Report of the Indian Hemp Drugs Commission, 1894-1895 - Volume IV
Year: 1894
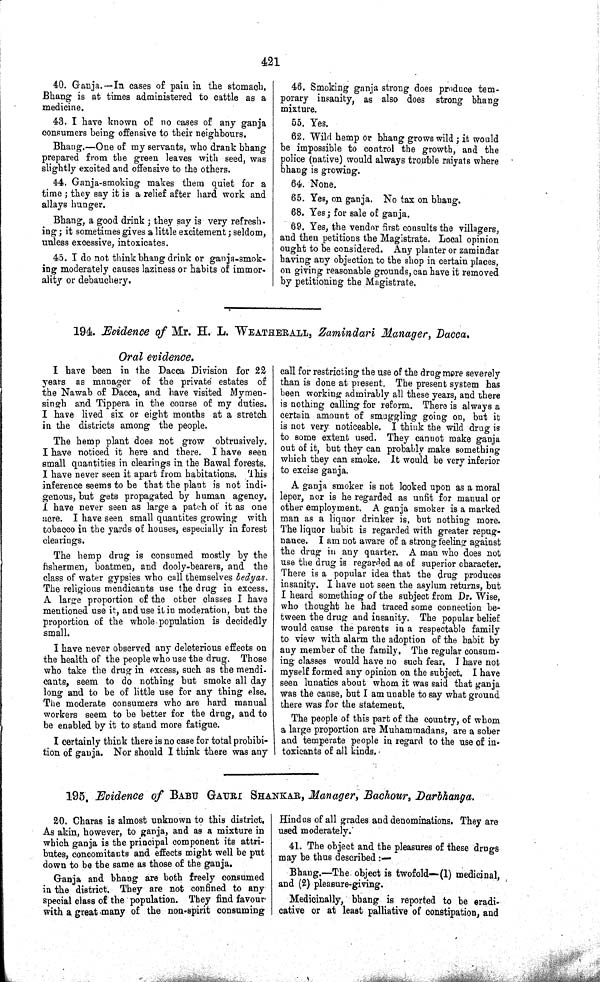
421
40. Ganja.—In cases of pain in the stomach.
Bhang is at times administered to cattle as a
medicine.
43. I have known of no cases of any ganja
consumers being offensive to their neighbours.
Bhang.—One of my servants, who drank bhang
prepared from the green leaves with seed, was
slightly excited and offensive to the others.
44. Ganja-smoking makes them quiet for a
time; they say it is a relief after hard work and
allays hunger.
Bhang, a good drink; they say is very refresh-
ing; it sometimes gives a little excitement; seldom,
unless excessive, intoxicates.
45. I do not think bhang drink or ganja-smok-
ing moderately causes laziness or habits of immor-
ality or debauchery.
46. Smoking ganja strong does produce tem-
porary insanity, as also does strong bhang
mixture.
55. Yes.
62. Wild hemp or bhang grows wild; it would
be impossible to control the growth, and the
police (native) would always trouble raiyats where
bhang is growing.
64. None.
65. Yes, on ganja. No tax on bhang.
68. Yes; for sale of ganja.
69. Yes, the vendor first consults the villagers,
and then petitions the Magistrate. Local opinion
ought to be considered. Any planter or zamindar
having any objection to the shop in certain places,
on giving reasonable grounds, can have it removed
by petitioning the Magistrate.
194. Evidence of Mr. H. L. WEATHERALL, Zamindari Manager, Dacca.
Oral evidence.
I have been in the Dacca Division for 22
years as manager of the private estates of
the Nawab of Dacca, and have visited Mymen-
singh and Tippera in the course of my duties.
I have lived six or eight months at a stretch
in the districts among the people.
The hemp plant does not grow obtrusively.
I have noticed it here and there. I have seen
small quantities in clearings in the Bawal forests.
I have never seen it apart from habitations. This
inference seems to be that the plant is not indi-
genous, but gets propagated by human agency.
I have never seen as large a patch of it as one
acre. I have seen small quantites growing with
tobacco in the yards of houses, especially in forest
clearings.
The hemp drug is consumed mostly by the
fishermen, boatmen, and dooly-bearers, and the
class of water gypsies who call themselves bedyas.
The religious mendicants use the drug in excess.
A large proportion of the other classes I have
mentioned use it, and use it in moderation, but the
proportion of the whole population is decidedly
small.
I have never observed any deleterious effects on
the health of the people who use the drug. Those
who take the drug in excess, such as the mendi-
cants, seem to do nothing but smoke all day
long and to be of little use for any thing else.
The moderate consumers who are hard manual
workers seem to be better for the drug, and to
be enabled by it to stand more fatigue.
I certainly think there is no case for total prohibi-
tion of ganja. Nor should I think there was any
call for restricting the use of the drug more severely
than is done at present. The present system has
been working admirably all these years, and there
is nothing calling for reform. There is always a
certain amount of smuggling going on, but it
is not very noticeable. I think the wild drug is
to some extent used. They cannot make ganja
out of it, but they can probably make something
which they can smoke. It would be very inferior
to excise ganja.
A ganja smoker is not looked upon as a moral
leper, nor is he regarded as unfit for manual or
other employment. A ganja smoker is a marked
man as a liquor drinker is, but nothing more.
The liquor habit is regarded with greater repug-
nance. I am not aware of a strong feeling against
the drug in any quarter. A man who does not
use the drug is regarded as of superior character.
There is a popular idea that the drug produces
insanity. I have not seen the asylum returns, but
I heard something of the subject from Dr. Wise,
who thought he had traced some connection be-
tween the drug and insanity. The popular belief
would cause the parents in a respectable family
to view with alarm the adoption of the habit by
any member of the family. The regular consum-
ing classes would have no such fear. I have not
myself formed any opinion on the subject. I have
seen lunatics about whom it was said that ganja
was the cause, but I am unable to say what ground
there was for the statement.
The people of this part of the country, of whom
a large proportion are Muhammadans, are a sober
and temperate people in regard to the use of in-
toxicants of all kinds.
195. Evidence of BABU GAURI SHANKAR, Manager, Bachour, Darbhanga.
20. Charas is almost unknown to this district.
As akin, however, to ganja, and as a mixture in
which ganja is the principal component its attri-
butes, concomitants and effects might well be put
down to be the same as those of the ganja.
Ganja and bhang are both freely consumed
in the district. They are not confined to any
special class of the population. They find favour
with a great many of the non-spirit consuming
Hindus of all grades and denominations. They are
used moderately.
41. The object and the pleasures of these drugs
may be thus described:—
Bhang.—The object is twofold—(1) medicinal,
and (2) pleasure-giving.
Medicinally, bhang is reported to be eradi-
cative or at least palliative of constipation, and